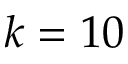
k = 1 0